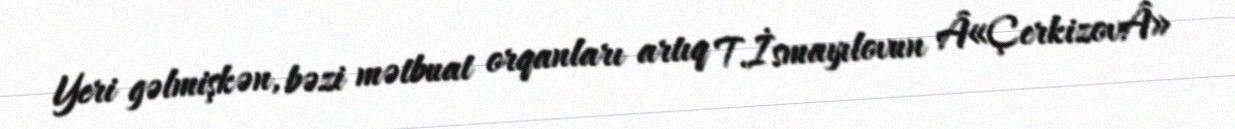
Yeri gəlmişkən, bəzi mətbuat orqanları artıq T.İsmayılovun Â«ÇerkizovÂ»